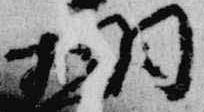
相